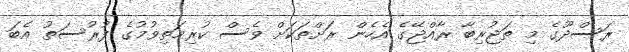
ރަސްދޫގެ މި ތަޖުރިބާ ރާއްޖޭގެ އެހެން ރަށްތަކަށް ވެސް ކުރިމަތިވުމުގެ ފުރުސަތު އެބަ